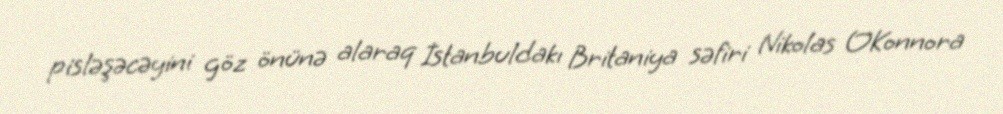
pisləşəcəyini göz önünə alaraq İstanbuldakı Britaniya səfiri Nikolas O`Konnora